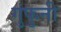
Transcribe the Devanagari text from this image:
गुंफुनी